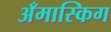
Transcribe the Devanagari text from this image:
अँमास्किग